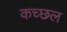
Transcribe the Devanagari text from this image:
कच्छल